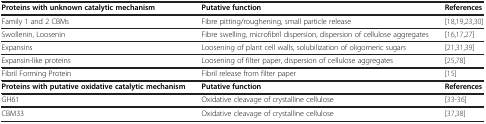
<table><thead><tr><td><b>Proteins with unknown catalytic mechanism</b></td><td><b>Putative function</b></td><td><b>References</b></td></tr></thead><tbody><tr><td>Family 1 and 2 CBMs</td><td>Fibre pitting/roughening, small particle release</td><td>[18,19,23,30]</td></tr><tr><td>Swollenin, Loosenin</td><td>Fibre swelling, microfibril dispersion, dispersion of cellulose aggregates</td><td>[16,17,27]</td></tr><tr><td>Expansins</td><td>Loosening of plant cell walls, solubilization of oligomeric sugars</td><td>[21,31,39]</td></tr><tr><td>Expansin-like proteins</td><td>Loosening of filter paper, dispersion of cellulose aggregates</td><td>[25,78]</td></tr><tr><td>Fibril Forming Protein</td><td>Fibril release from filter paper</td><td>[15]</td></tr><tr><td><b>Proteins with putative oxidative catalytic mechanism</b></td><td><b>Putative function</b></td><td><b>References</b></td></tr><tr><td>GH61</td><td>Oxidative cleavage of crystalline cellulose</td><td>[33-36]</td></tr><tr><td>CBM33</td><td>Oxidative cleavage of crystalline cellulose</td><td>[37,38]</td></tr></tbody></table>